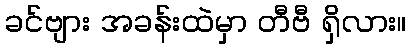
ခင်ဗျား အခန်းထဲမှာ တီဗီ ရှိလား။